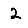
Digit: 2